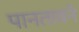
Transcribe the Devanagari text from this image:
पानतावने